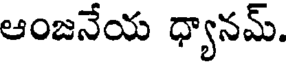
ఆంజనేయ ధ్యానమ్.